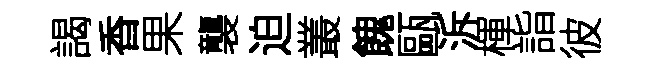
謁香果襲迫叢餽甌泝楎詣彼